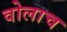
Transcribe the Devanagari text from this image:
वोलाच